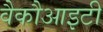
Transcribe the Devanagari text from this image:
वैकौआइटी